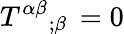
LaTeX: T^{\alpha\beta}{}_{;\beta}\, =0